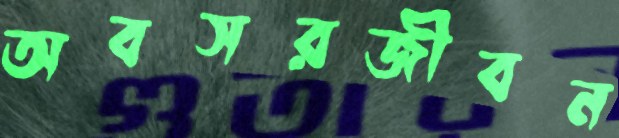
অবসরজীবন